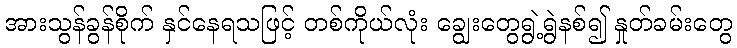
အားသွန်ခွန်စိုက် နှင်နေရသဖြင့် တစ်ကိုယ်လုံး ချွေးတွေရွဲ့ရွဲနစ်၍ နှုတ်ခမ်းတွေ